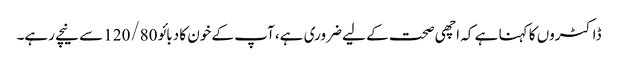
ڈاکٹروں کا کہنا ہے کہ اچھی صحت کے لیے ضروری ہے، آپ کے خون کا دبائو 120/80سے نیچے رہے۔